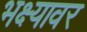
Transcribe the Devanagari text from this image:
भक्ष्यावर